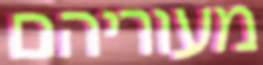
מעוריהם